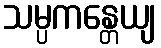
သမ္ပကန္တေယျ